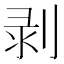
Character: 剥